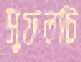
সুফলটি